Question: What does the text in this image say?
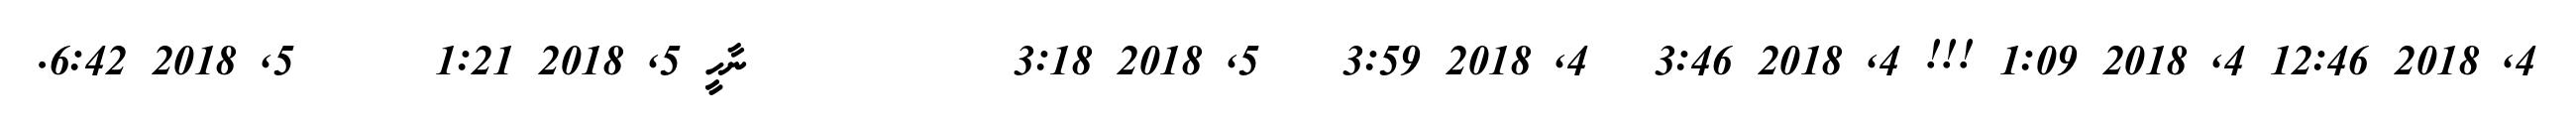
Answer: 4, 2018 12:46 4, 2018 1:09 !!! 4, 2018 3:46 ? 4, 2018 3:59 ?? 5, 2018 3:18 ?? ????? ??? ނާހީ 5, 2018 1:21 ??? ? 5, 2018 6:42.